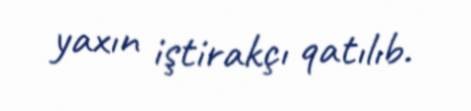
yaxın iştirakçı qatılıb.